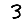
Digit: 3